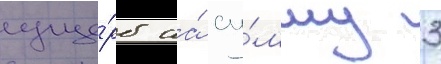
уще́рб на́ су́мму 3